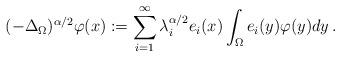
LaTeX: \begin{align*} ( - \Delta_\Omega)^{\alpha / 2} \varphi ( x) := \sum_{ i=1}^{ \infty} \lambda_i^{ \alpha / 2} e_i(x) \int_{\Omega} e_i(y) \varphi(y)dy\,.\end{align*}